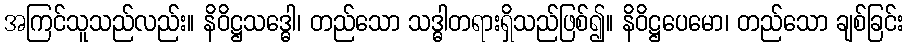
အကြင်သူသည်လည်း။ နိဝိဋ္ဌသဒ္ဓေါ၊ တည်သော သဒ္ဓါတရားရှိသည်ဖြစ်၍။ နိဝိဋ္ဌပေမော၊ တည်သော ချစ်ခြင်း